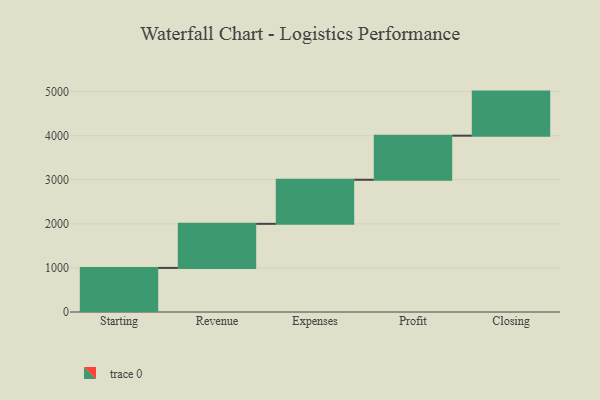
{"axis": {"x": "Step", "y": "Value"}, "legend": [""], "data": [{"x": "Starting", "y": 1000, "type": ""}, {"x": "Revenue", "y": 1000, "type": ""}, {"x": "Expenses", "y": 1000, "type": ""}, {"x": "Profit", "y": 1000, "type": ""}, {"x": "Closing", "y": 1000, "type": ""}]}